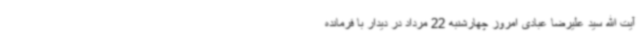
آیت الله سید علیرضا عبادی امروز چهارشنبه 22 مرداد در دیدار با فرمانده